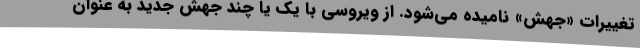
تغییرات «جهش» نامیده می‌شود. از ویروسی با یک یا چند جهش جدید به عنوان